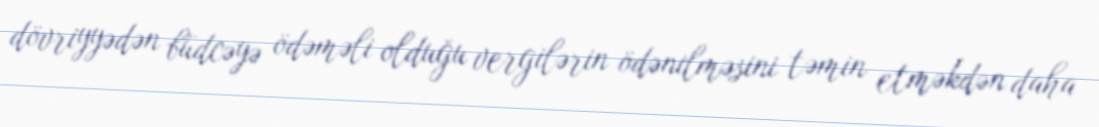
dövriyyədən büdcəyə ödəməli olduğu vergilərin ödənilməsini təmin etməkdən daha